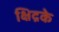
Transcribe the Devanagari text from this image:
क्षिद्रके